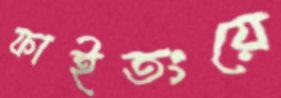
ফাইতংয়ে